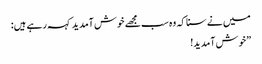
میں نے سنا کہ وہ سب مجھے خوش آمدید کہہ رہے ہیں:
”خوش آمدید!